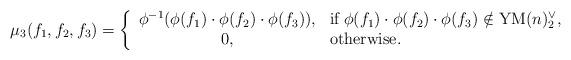
LaTeX: \begin{align*}\quad\mu_3(f_1,f_2,f_3)=\left\{\begin{array}{cl}\phi^{-1}(\phi(f_1)\cdot\phi(f_2)\cdot\phi(f_3)),&\mbox{if}\; \phi(f_1)\cdot\phi(f_2)\cdot\phi(f_3)\notin \mathrm{YM}(n)_2^{\vee},\\0,&\mbox{otherwise.}\end{array}\right.\end{align*}